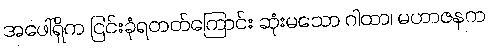
အဖေါ်ရှိက ငြင်းခုံရတတ်ကြောင်း ဆုံးမသော ဂါထာ၊ မဟာဇနက